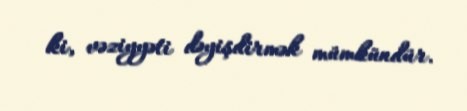
ki, vəziyyəti dəyişdirmək mümkündür.